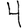
Digit: 4